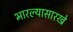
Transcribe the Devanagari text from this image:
भारल्यासारखे